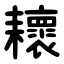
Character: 耲